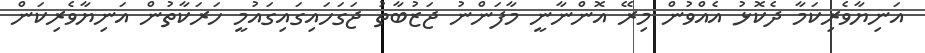
އަނިޔާވެރިކަމާ ދެކޮޅު އެއްވުން މިރޭ އޮންނާނީ މާފަންނު ޖަޒުބާތު ޖަގަހައިގައިގައުމީ ހަރަކާތުން އަނިޔާވެރިކަން